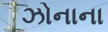
ઝોનાના